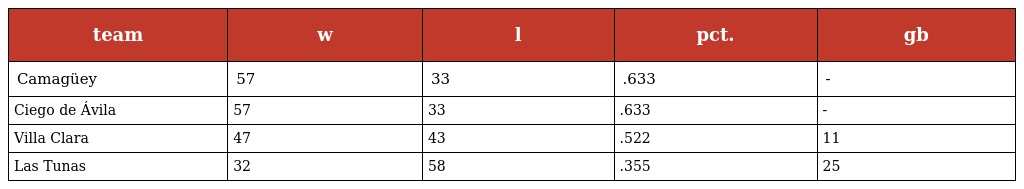
| team | w | l | pct. | gb |
 | --- | --- | --- | --- | --- |
 | Camagüey | 57 | 33 | .633 | - |
 | Ciego de Ávila | 57 | 33 | .633 | - |
 | Villa Clara | 47 | 43 | .522 | 11 |
 | Las Tunas | 32 | 58 | .355 | 25 |